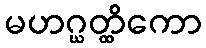
မဟဂ္ဃတ္ထိကော